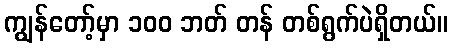
ကျွန်တော့်မှာ ၁၀၀ ဘတ် တန် တစ်ရွက်ပဲရှိတယ်။